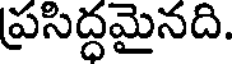
ప్రసిద్ధమైనది.